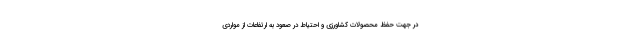
در جهت حفظ محصولات کشاورزی و احتیاط در صعود به ارتفاعات از مواردی